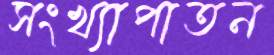
সংখ্যাপাতন